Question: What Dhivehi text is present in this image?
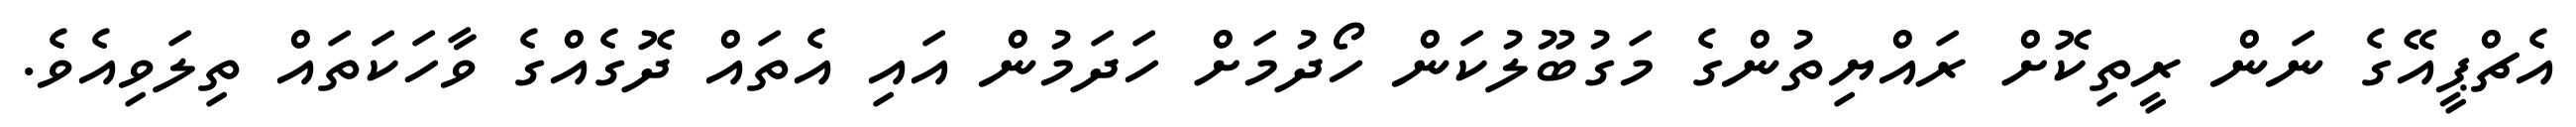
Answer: އެޗްޕީއޭގެ ނަން ރީތިކޮށް ރައްޔިތުންގެ މަގުބޫލުކަން ހޯދުމަށް ހަދަމުން އައި އެތައް ދޮގެއްގެ ވާހަކަތައް ތިލަވިއެވެ.